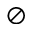
\oslash